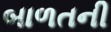
બાળતની